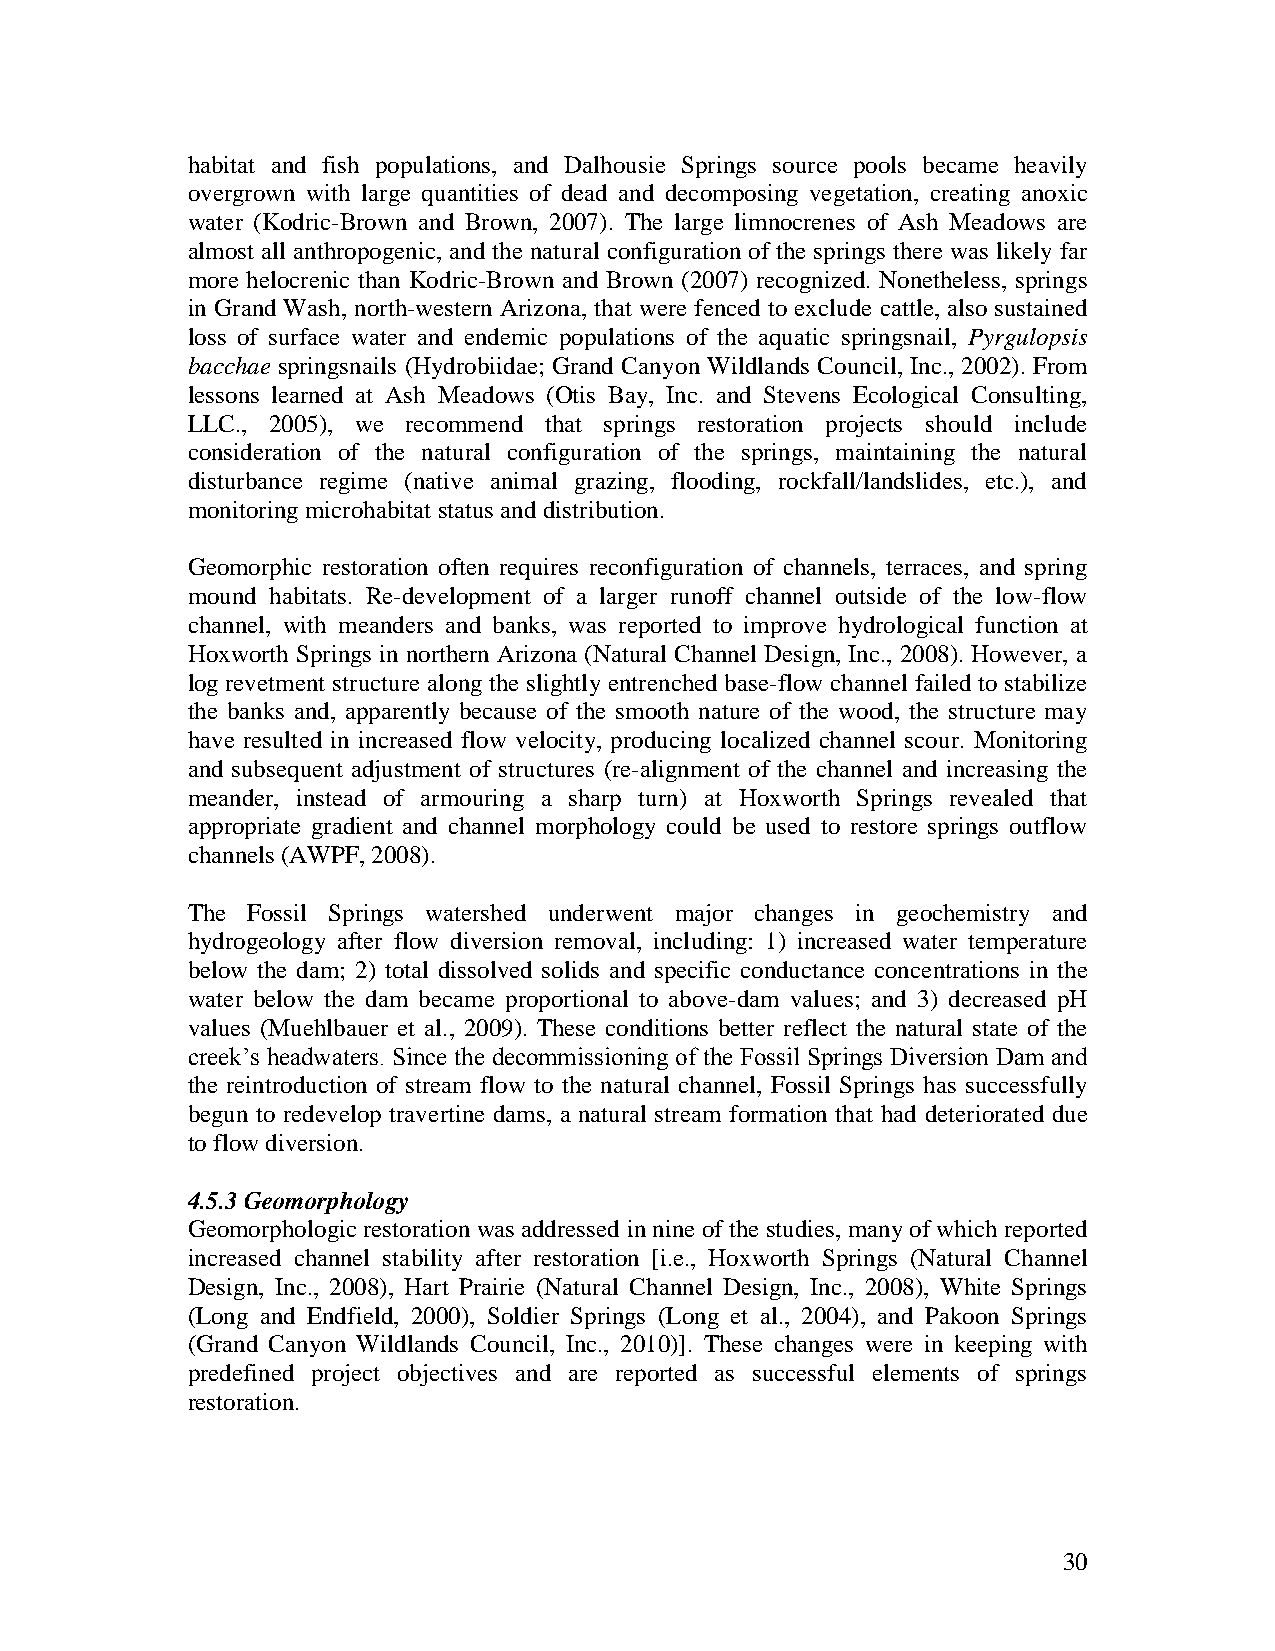
habitat and fish populations, and Dalhousie Springs source pools became heavily
 overgrown with large quantities of dead and decomposing vegetation, creating anoxic
 water (Kodric-Brown and Brown, 2007). The large limnocrenes of Ash Meadows are
 almost all anthropogenic, and the natural configuration of the springs there was likely far
 more helocrenic than Kodric-Brown and Brown (2007) recognized. Nonetheless, springs
 in Grand Wash, north-western Arizona, that were fenced to exclude cattle, also sustained
 loss of surface water and endemic populations of the aquatic springsnail, Pyrgulopsis
 bacchae springsnails (Hydrobiidae; Grand Canyon Wildlands Council, Inc., 2002). From
 lessons learned at Ash Meadows (Otis Bay, Inc. and Stevens Ecological Consulting,
 LLC., 2005), we recommend that springs restoration projects should include
 consideration of the natural configuration of the springs, maintaining the natural
 disturbance regime (native animal grazing, flooding, rockfall/landslides, etc.), and
 monitoring microhabitat status and distribution.
 Geomorphic restoration often requires reconfiguration of channels, terraces, and spring
 mound habitats. Re-development of a larger runoff channel outside of the low-flow
 channel, with meanders and banks, was reported to improve hydrological function at
 Hoxworth Springs in northern Arizona (Natural Channel Design, Inc., 2008). However, a
 log revetment structure along the slightly entrenched base-flow channel failed to stabilize
 the banks and, apparently because of the smooth nature of the wood, the structure may
 have resulted in increased flow velocity, producing localized channel scour. Monitoring
 and subsequent adjustment of structures (re-alignment of the channel and increasing the
 meander, instead of armouring a sharp turn) at Hoxworth Springs revealed that
 appropriate gradient and channel morphology could be used to restore springs outflow
 channels (AWPF, 2008).
 The Fossil Springs watershed underwent major changes in geochemistry and
 hydrogeology after flow diversion removal, including: 1) increased water temperature
 below the dam; 2) total dissolved solids and specific conductance concentrations in the
 water below the dam became proportional to above-dam values; and 3) decreased pH
 values (Muehlbauer et al., 2009). These conditions better reflect the natural state of the
 creek‟s headwaters. Since the decommissioning of the Fossil Springs Diversion Dam and
 the reintroduction of stream flow to the natural channel, Fossil Springs has successfully
 begun to redevelop travertine dams, a natural stream formation that had deteriorated due
 to flow diversion.
 4.5.3 Geomorphology
 Geomorphologic restoration was addressed in nine of the studies, many of which reported
 increased channel stability after restoration [i.e., Hoxworth Springs (Natural Channel
 Design, Inc., 2008), Hart Prairie (Natural Channel Design, Inc., 2008), White Springs
 (Long and Endfield, 2000), Soldier Springs (Long et al., 2004), and Pakoon Springs
 (Grand Canyon Wildlands Council, Inc., 2010)]. These changes were in keeping with
 predefined project objectives and are reported as successful elements of springs
 restoration.
 30